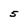
Character: 5